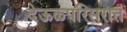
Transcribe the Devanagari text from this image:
देऊळ्परिसरात